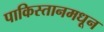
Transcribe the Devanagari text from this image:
पाकिस्तानमधून